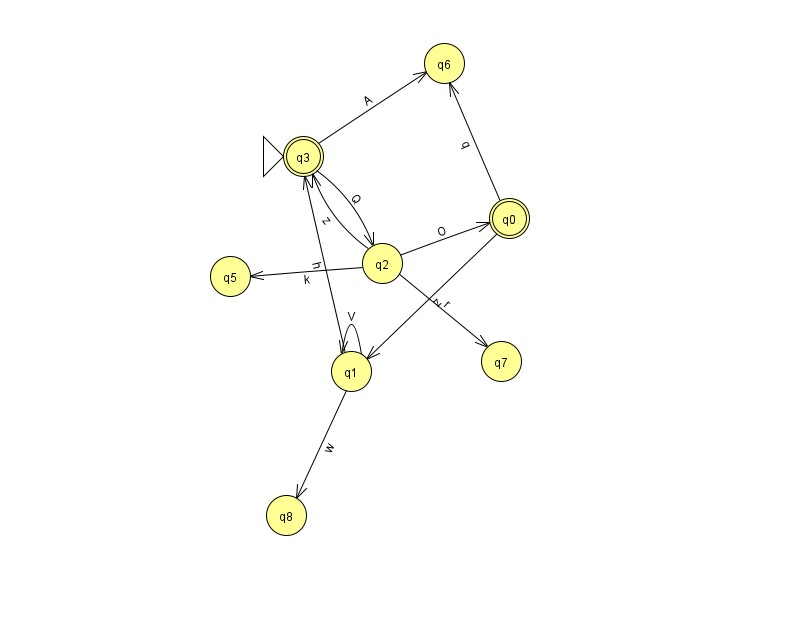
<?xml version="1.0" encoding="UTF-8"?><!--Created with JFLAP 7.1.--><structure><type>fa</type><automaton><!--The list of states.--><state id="0" name="q0"><x>509.0</x><y>205.0</y><final/></state><state id="1" name="q1"><x>351.0</x><y>358.0</y></state><state id="2" name="q2"><x>382.0</x><y>250.0</y></state><state id="3" name="q3"><x>303.0</x><y>143.0</y><initial/><final/></state><state id="5" name="q5"><x>230.0</x><y>263.0</y></state><state id="6" name="q6"><x>444.0</x><y>50.0</y></state><state id="7" name="q7"><x>501.0</x><y>348.0</y></state><state id="8" name="q8"><x>286.0</x><y>502.0</y></state><!--The list of transitions.--><transition><from>2</from><to>3</to><read>z</read></transition><transition><from>2</from><to>7</to><read>r</read></transition><transition><from>2</from><to>5</to><read>k</read></transition><transition><from>2</from><to>0</to><read>O</read></transition><transition><from>1</from><to>1</to><read>V</read></transition><transition><from>1</from><to>8</to><read>w</read></transition><transition><from>1</from><to>3</to><read>h</read></transition><transition><from>0</from><to>1</to><read>z</read></transition><transition><from>3</from><to>2</to><read>Q</read></transition><transition><from>3</from><to>6</to><read>A</read></transition><transition><from>0</from><to>6</to><read>q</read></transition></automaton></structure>